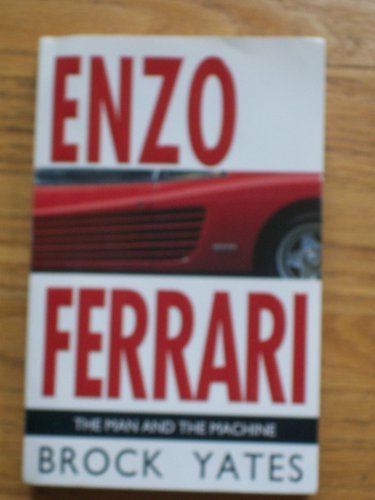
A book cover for Enzo Ferrari: The Man and the Machine; Brock Yates; Engineering & Transportation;